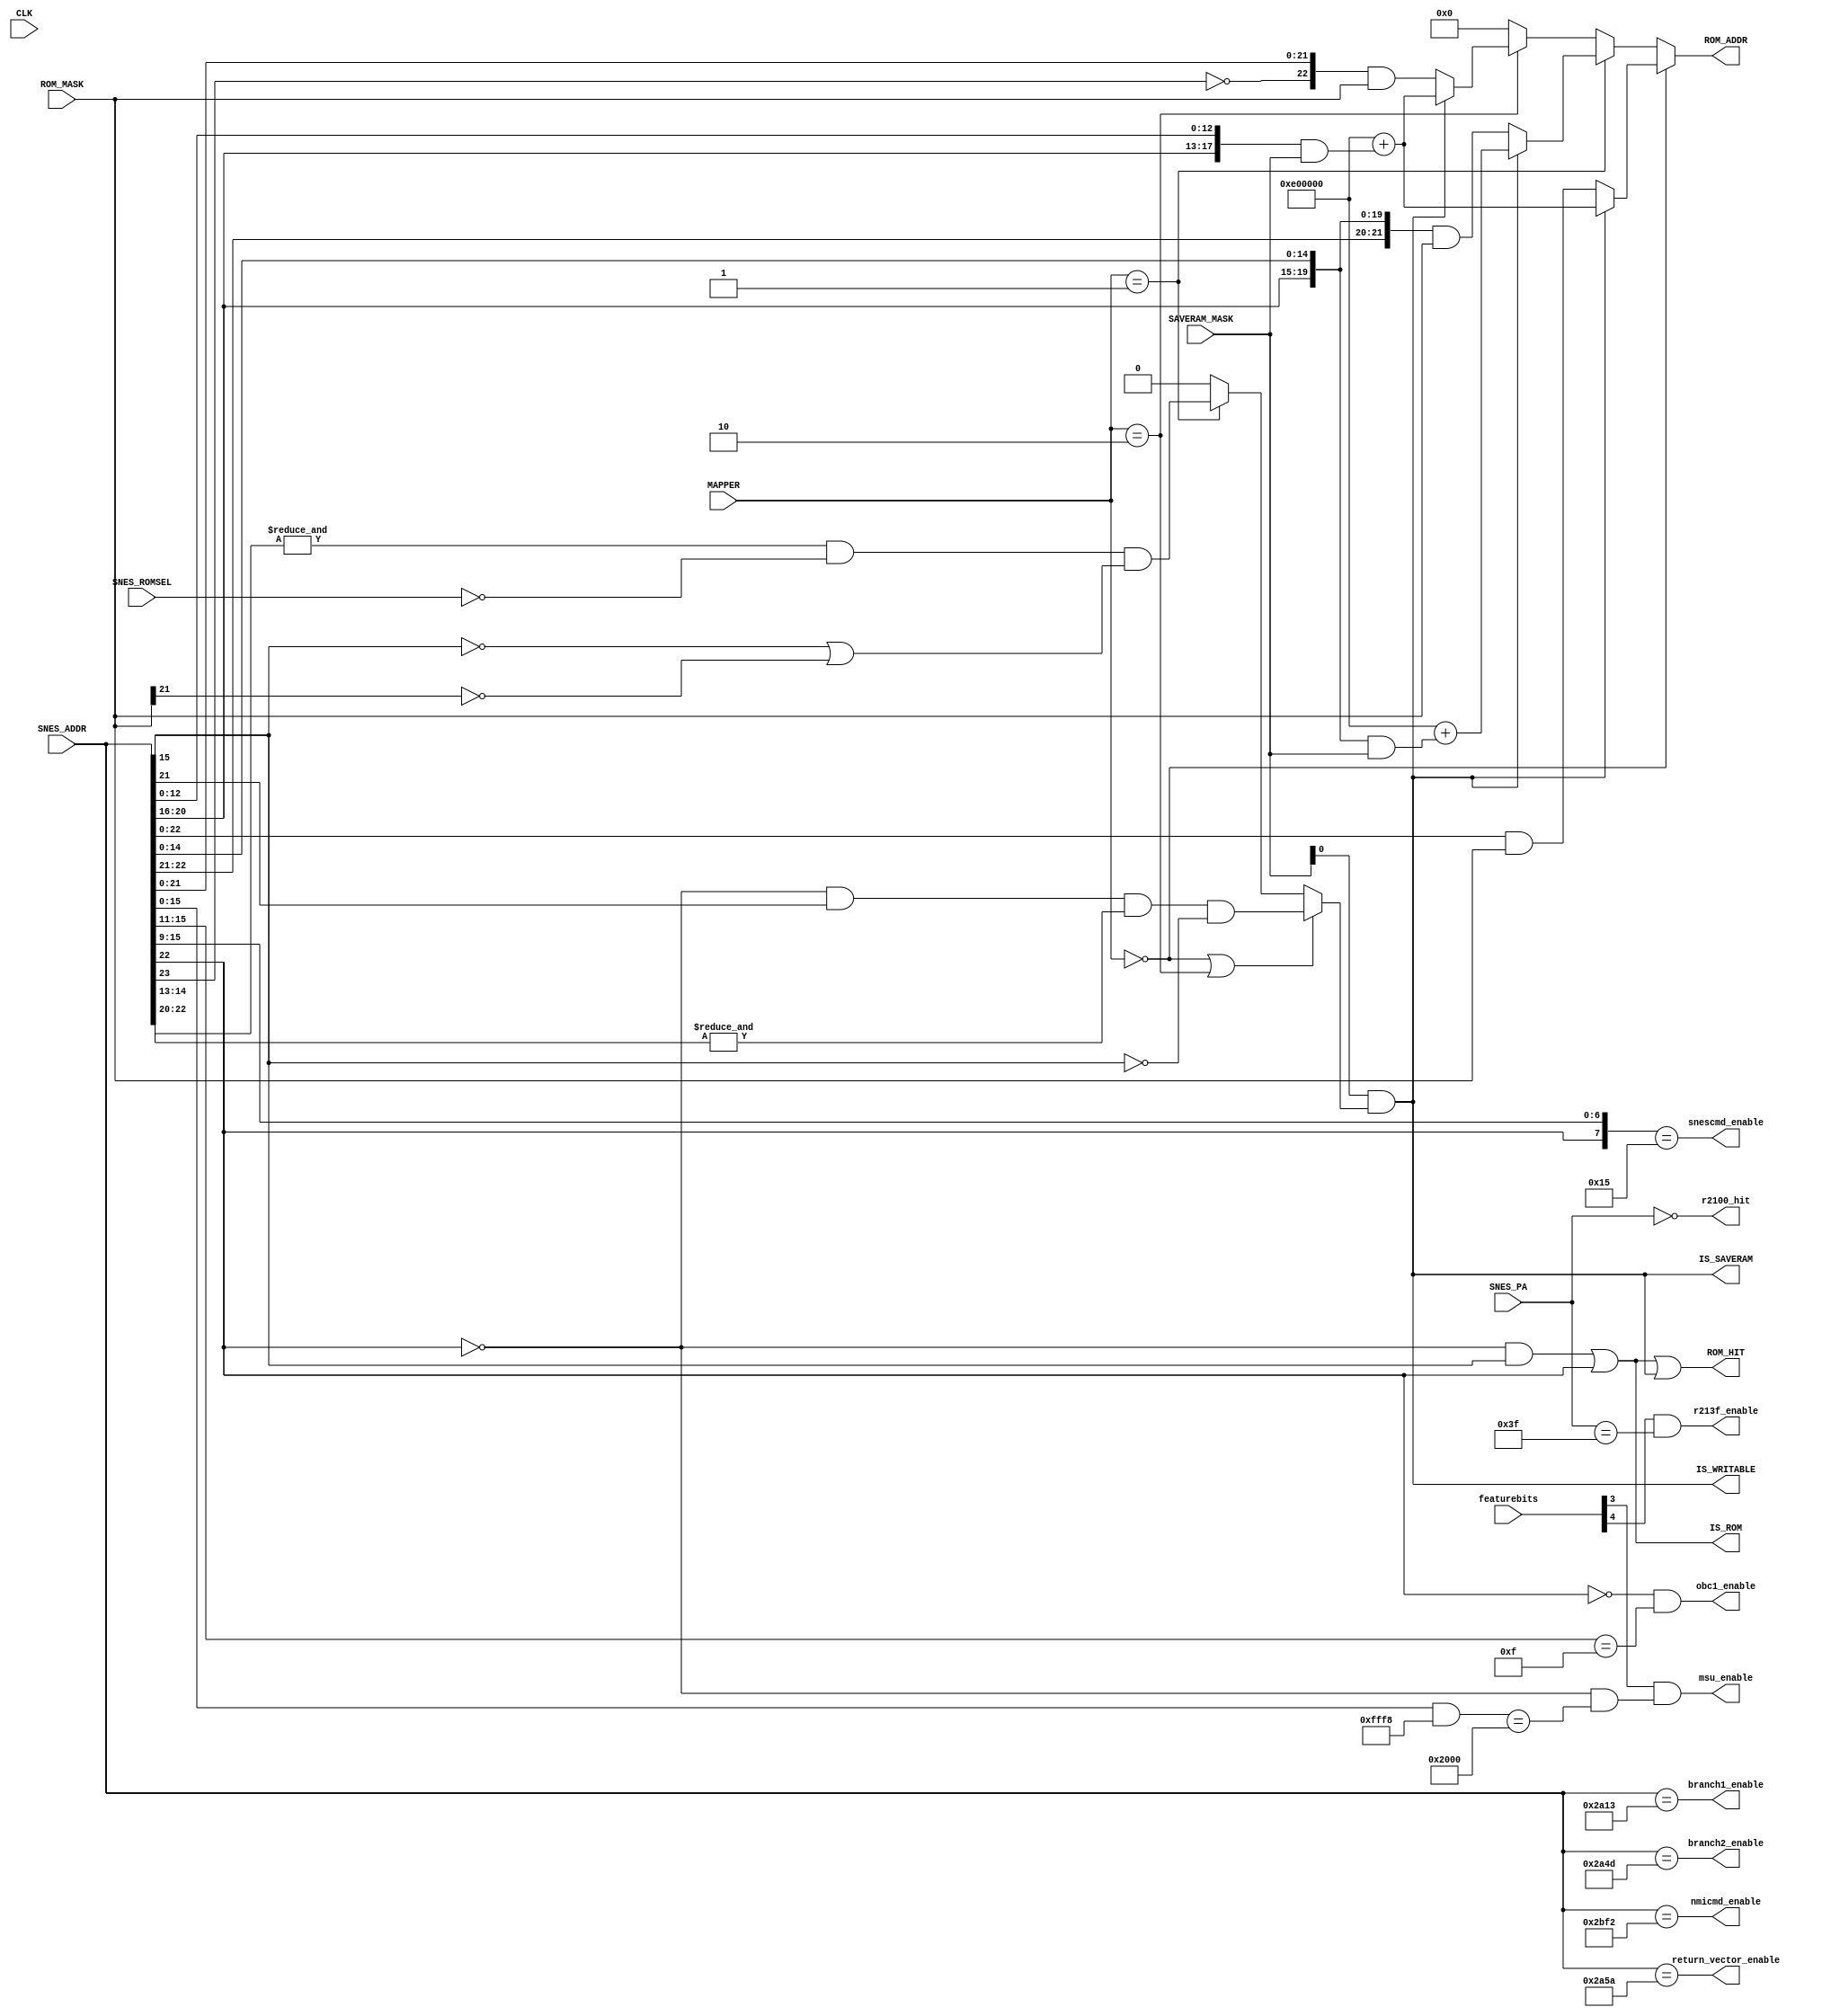
module address(
  input CLK,
  input [15:0] featurebits, // peripheral enable/disable
  input [2:0] MAPPER,       // MCU detected mapper
  input [23:0] SNES_ADDR,   // requested address from SNES
  input [7:0] SNES_PA,      // peripheral address from SNES
  input SNES_ROMSEL,        // SNES ROM access
  output [23:0] ROM_ADDR,   // Address to request from SRAM0
  output ROM_HIT,           // enable SRAM0
  output IS_SAVERAM,        // address/CS mapped as SRAM?
  output IS_ROM,            // address mapped as ROM?
  output IS_WRITABLE,       // address somehow mapped as writable area?
  input [23:0] SAVERAM_MASK,
  input [23:0] ROM_MASK,
  output msu_enable,
  output r213f_enable,
  output r2100_hit,
  output snescmd_enable,
  output nmicmd_enable,
  output return_vector_enable,
  output branch1_enable,
  output branch2_enable,
  output obc1_enable
);

parameter [2:0]
  FEAT_MSU1 = 3,
  FEAT_213F = 4
;

wire [23:0] SRAM_SNES_ADDR;

/* currently supported mappers:
   Index     Mapper
      000      HiROM
      001      LoROM
      010      ExHiROM (48-64Mbit)
*/

/* HiROM:   SRAM @ Bank 0x30-0x3f, 0xb0-0xbf
            Offset 6000-7fff */

assign IS_ROM = ((!SNES_ADDR[22] & SNES_ADDR[15])
                 |(SNES_ADDR[22]));

assign IS_SAVERAM = SAVERAM_MASK[0]
                    &(((MAPPER == 3'b000
                     || MAPPER == 3'b010)
                      ? (!SNES_ADDR[22]
                         & SNES_ADDR[21]
                         & &SNES_ADDR[14:13]
                         & !SNES_ADDR[15]
                        )
/*  LoROM:   SRAM @ Bank 0x70-0x7d, 0xf0-0xff
 *  Offset 0000-7fff for ROM >= 32 MBit, otherwise 0000-ffff */
                      :(MAPPER == 3'b001)
                      ? (&SNES_ADDR[22:20]
                         & (~SNES_ROMSEL)
                         & (~SNES_ADDR[15] | ~ROM_MASK[21])
                        )
                      : 1'b0));

assign IS_WRITABLE = IS_SAVERAM;

assign SRAM_SNES_ADDR = ((MAPPER == 3'b000)
                          ?(IS_SAVERAM
                            ? 24'hE00000 + ({SNES_ADDR[20:16], SNES_ADDR[12:0]}
                                            & SAVERAM_MASK)
                            : ({1'b0, SNES_ADDR[22:0]} & ROM_MASK))

                        :(MAPPER == 3'b001)
                          ?(IS_SAVERAM
                            ? 24'hE00000 + ({SNES_ADDR[20:16], SNES_ADDR[14:0]}
                                            & SAVERAM_MASK)
                            : ({2'b00, SNES_ADDR[22:16], SNES_ADDR[14:0]}
                               & ROM_MASK))

                        :(MAPPER == 3'b010)
                          ?(IS_SAVERAM
                            ? 24'hE00000 + ({SNES_ADDR[20:16], SNES_ADDR[12:0]}
                                            & SAVERAM_MASK)
                            : ({1'b0, !SNES_ADDR[23], SNES_ADDR[21:0]}
                               & ROM_MASK))
                        : 24'b0);

assign ROM_ADDR = SRAM_SNES_ADDR;

assign ROM_SEL = 1'b0;

assign ROM_HIT = IS_ROM | IS_WRITABLE;

assign msu_enable = featurebits[FEAT_MSU1] & (!SNES_ADDR[22] && ((SNES_ADDR[15:0] & 16'hfff8) == 16'h2000));
assign r213f_enable = featurebits[FEAT_213F] & (SNES_PA == 8'h3f);
assign r2100_hit = (SNES_PA == 8'h00);

assign obc1_enable = (~SNES_ADDR[22]) & (SNES_ADDR[15:11] == 5'b01111);
assign snescmd_enable = ({SNES_ADDR[22], SNES_ADDR[15:9]} == 8'b0_0010101);
assign nmicmd_enable = (SNES_ADDR == 24'h002BF2);
assign return_vector_enable = (SNES_ADDR == 24'h002A5A);
assign branch1_enable = (SNES_ADDR == 24'h002A13);
assign branch2_enable = (SNES_ADDR == 24'h002A4D);
endmodule